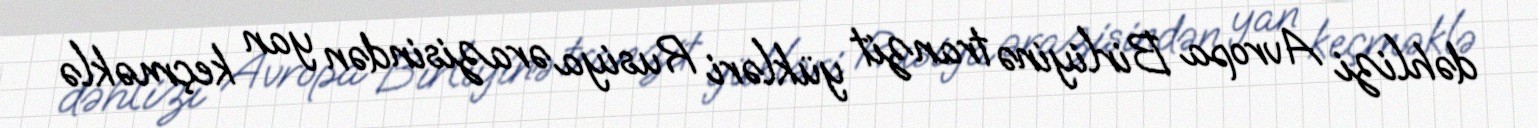
dəhlizi Avropa Birliyinə tranzit yükləri Rusiya ərazisindən yan keçməklə